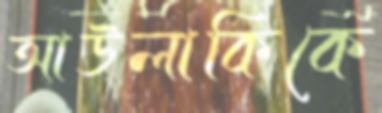
আউলাকিকে